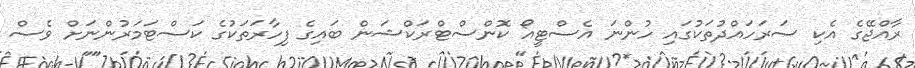
ރާއްޖޭގެ އެކި ސަރަހައްދުތަކުގައި ހުންނަ އެސްޓީއޯ ކޮންސްޓްރަކްޝަން ބައިގެ ފިހާރަތަކުގެ ކަސްޓަމަރުންނަށް ވެސް